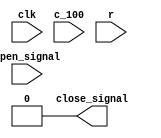
module close(clk, close_signal, open_signal, c_100, r);
/*
当 c_100下降沿代表可以关门
*/
input clk;
input open_signal, c_100, r;//open_signal开门驱动信号, c_100关门提示脉冲, r为人按开门按钮
output close_signal = 0;

reg close_en = 0;//close_en允许关门


parameter close_pre = 5'b00110;
parameter close_time = 5'b11111;//关门时间设定,cnt在5'b00110驱动,给一定反应时间,避免事故
reg[4:0] cnt = 5'b00000;
reg close_signal = 0;
reg[1:0] s = 2'b00;
parameter s0 = 2'b00, s1 = 2'b01, s2 = 2'b11;


always@ (posedge clk)
begin
case(s)
s0:if(c_100 == 1 && close_en == 1) s = s1;
	else s = s0;
	
s1:if(c_100 == 0)
		begin//关门
			if(cnt < close_pre) cnt <= cnt+1;
			else begin
					s = s2;
					close_signal = 1;
					end
		end

s2:if(open_signal) begin
							s = s0;
							cnt <= 0;
							close_signal = 0;
						 end
	else if(cnt < close_time) cnt <= cnt+1;
	else begin
				cnt <= 0;
				close_signal = 0;
				s = s0;
		  end

default: ;
endcase
  
end

always@ (posedge open_signal, negedge close_signal)
if(open_signal) close_en = 1;
else close_en = 0;


endmodule